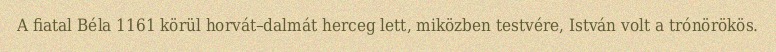
A fiatal Béla 1161 körül horvát–dalmát herceg lett, miközben testvére, István volt a trónörökös.